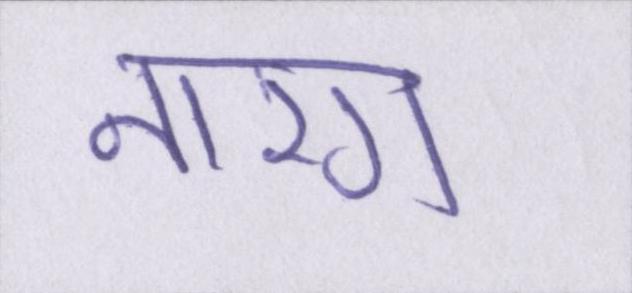
नारंग